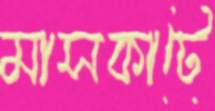
মাসকাটে